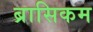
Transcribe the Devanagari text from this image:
ब्रासिकम